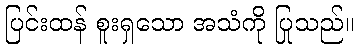
ပြင်းထန် စူးရှသော အသံကို ပြုသည်။